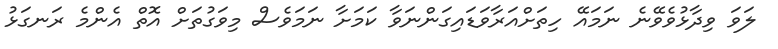
ލަވަ ވިދާޅުވެވޭނެ ނަމައޭ ހިތަށްއަރާވަޑައިގަންނަވާ ކަމަށާ ނަމަވެސް މިވަގުތަށް އޮތް އެންމެ ރަނގަޅު